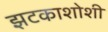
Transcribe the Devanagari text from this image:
झटकाशोशी